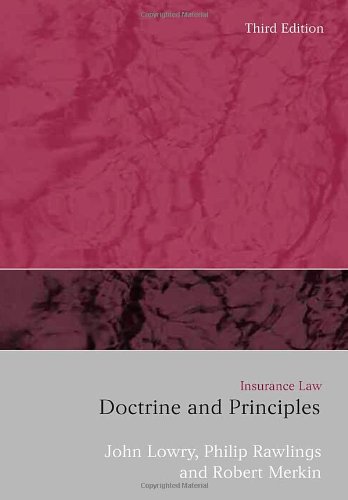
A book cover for Insurance Law: Doctrines and Principles (Third Edition); John Lowry; Law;